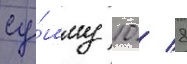
су́мму 10 / 8